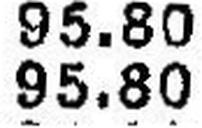
95.80